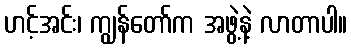
ဟင့်အင်း၊ ကျွန်တော်က အဖွဲ့နဲ့ လာတာပါ။